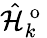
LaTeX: \hat{\mathcal{H}}_{k}^{\mathrm{~o~}}